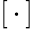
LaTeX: [\, \cdot\, ]